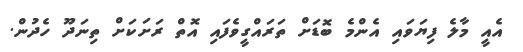
އެއީ މާލެ ފިޔަވައި އެންމެ ބޮޑަށް ތަރައްގީވެފައި އޮތް ރަށަކަށް ތިނަދޫ ހެދުން.